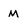
Character: M